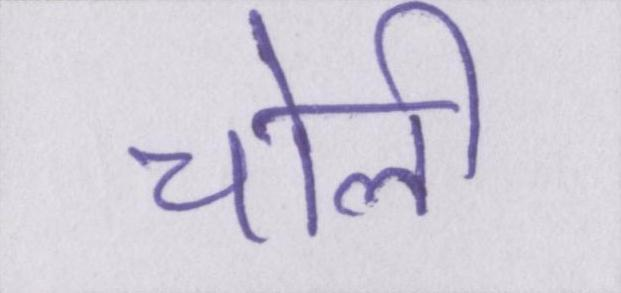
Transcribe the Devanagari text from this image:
चोली